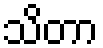
သိတာ